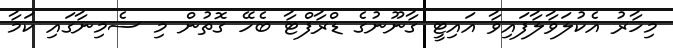
މިހާރު އެކުލަވާލާފައިވާ އައިޓީ ގާނޫނުގެ ޑްރާފްޓާ ބެހޭ ގޮތުން މި ސެމިނާގައި ކަމާ